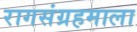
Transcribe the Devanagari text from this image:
रागसंग्रहमाला